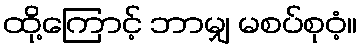
ထို့ကြောင့် ဘာမျှ မစပ်စုဝံ့။